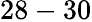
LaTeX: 28-30